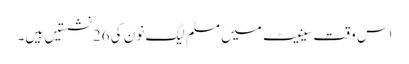
اس وقت سینیٹ میں مسلم لیگ نون کی 26 نشستیں ہیں۔